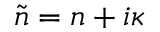
{ \tilde { n } } = n + i \kappa